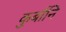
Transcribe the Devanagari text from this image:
कुर्बानि